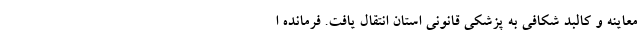
معاینه و کالبد شکافی به پزشکی قانونی استان انتقال یافت. فرمانده ا